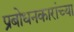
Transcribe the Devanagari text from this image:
प्रबोधनकारांच्या